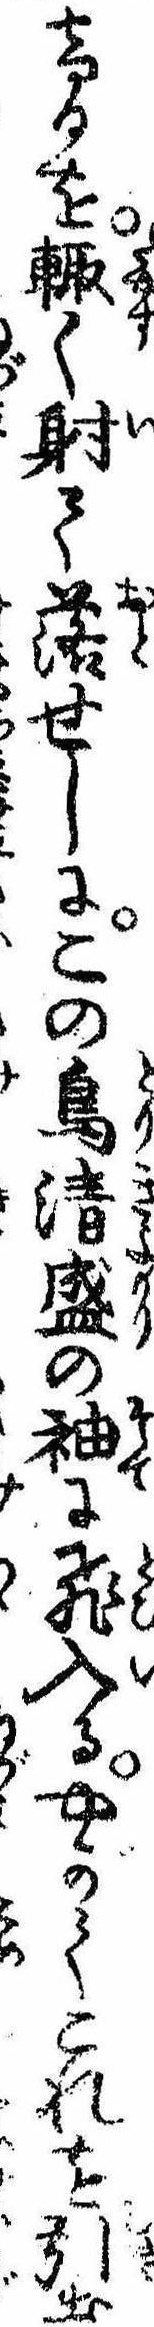
けるを輙く射て落せしにこの鳥清盛の袖に飛入るやがてこれを引出